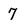
Character: 7